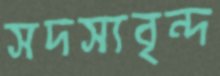
সদস্যবৃন্দ